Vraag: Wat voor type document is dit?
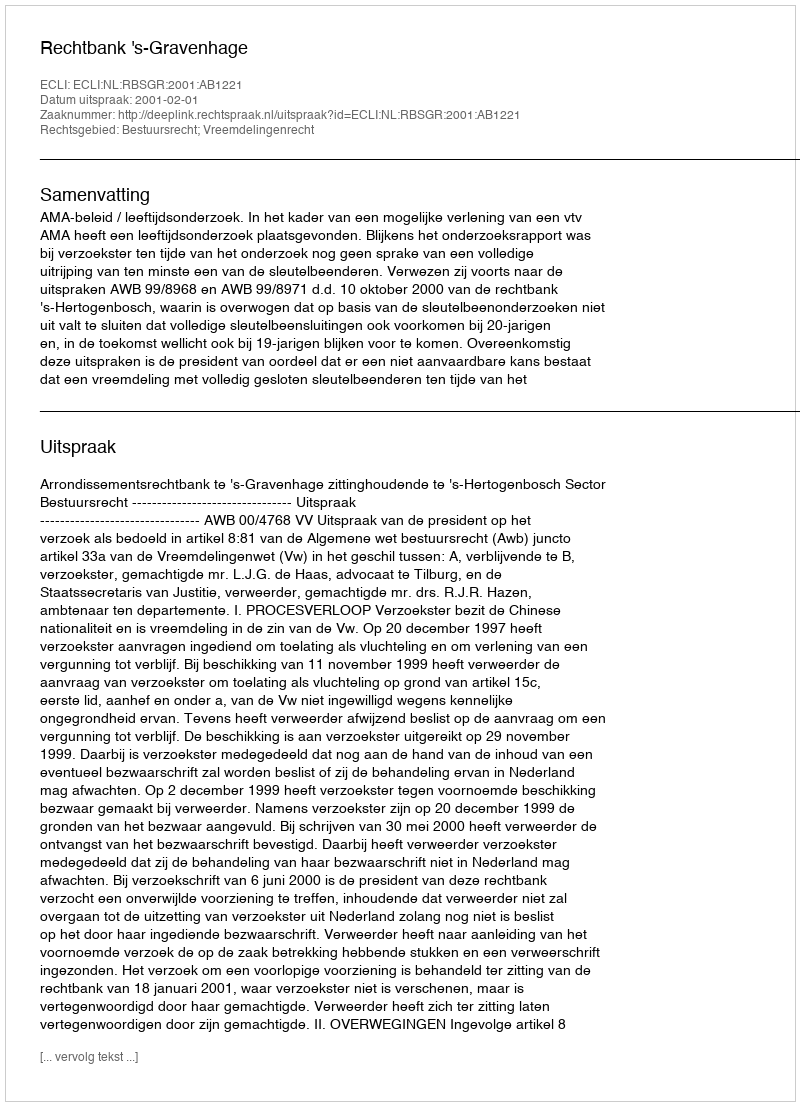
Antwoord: Uitspraak